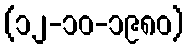
(၁၂-၁၀-၁၉၈၀)